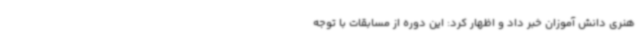
هنری دانش آموزان خبر داد و اظهار کرد: این دوره از مسابقات با توجه